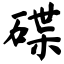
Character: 碟